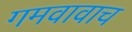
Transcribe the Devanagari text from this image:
गमवावाच